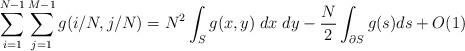
LaTeX: \begin{align*}\sum_{i = 1}^{N-1} \sum_{j = 1}^{M-1} g(i/N, j/N) &= N^2 \int_S g(x,y)\; dx \; dy - \frac{N}{2}\int_{\partial S} g(s) ds+ O(1) \end{align*}